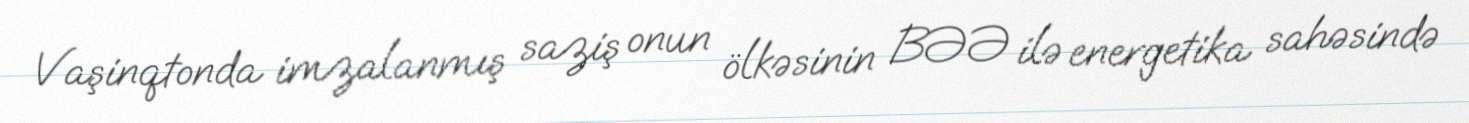
Vaşinqtonda imzalanmış saziş onun ölkəsinin BƏƏ ilə energetika sahəsində